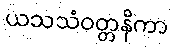
ယသသံဝတ္တနိကာ